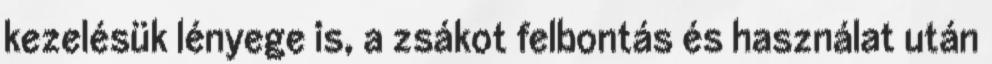
kezelésük lényege is, a zsákot felbontás és használat után